Report of the Municipal Commissioner on the plague in Bombay for the year ending 31st May... - Volume 3
Disease focus: Plague
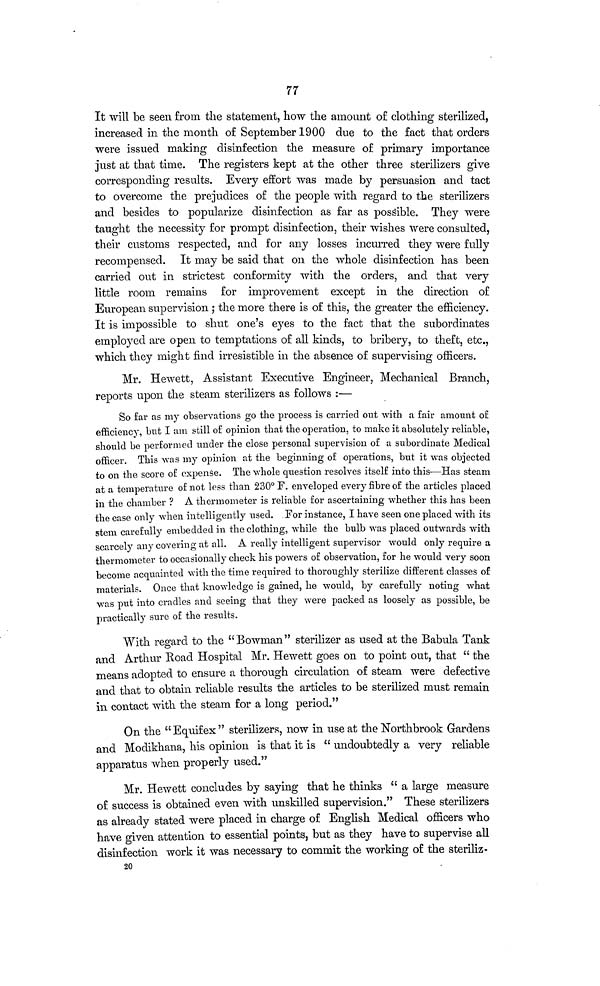
77
It will be seen from the statement, how the amount of clothing sterilized,
increased in the month of September 1900 due to the fact that orders
were issued making disinfection the measure of primary importance
just at that time. The registers kept at the other three sterilizers give
corresponding results. Every effort was made by persuasion and tact
to overcome the prejudices of the people with regard to the sterilizers
and besides to popularize disinfection as far as possible. They were
taught the necessity for prompt disinfection, their wishes were consulted,
their customs respected, and for any losses incurred they were fully
recompensed. It may be said that on the whole disinfection has been
carried out in strictest conformity with the orders, and that very
little room remains for improvement except in the direction of
European supervision ; the more there is of this, the greater the efficiency.
It is impossible to shut one's eyes to the fact that the subordinates
employed are open to temptations of all kinds, to bribery, to theft, etc.,
which they might find irresistible in the absence of supervising officers.
Mr. Hewett, Assistant Executive Engineer, Mechanical Branch,
reports upon the steam sterilizers as follows :—
So far as my observations go the process is carried out with a fair amount of
efficiency, but I am still of opinion that the operation, to make it absolutely reliable,
should be performed under the close personal supervision of a subordinate Medical
officer. This was my opinion at the beginning of operations, but it was objected
to on the score of expense. The whole question resolves itself into this—Has steam
at a temperature of not less than 230° F. enveloped every fibre of the articles placed
in the chamber ? A thermometer is reliable for ascertaining whether this has been
the case only when intelligently used. For instance, I have seen one placed with its
stem carefully embedded in the clothing, while the bulb was placed outwards with
scarcely any covering at all. A really intelligent supervisor would only require a
thermometer to occasionally check his powers of observation, for he would very soon
become acquainted with the time required to thoroughly sterilize different classes of
materials. Once that knowledge is gained, he would, by carefully noting what
was put into cradles and seeing that they were packed as loosely as possible, be
practically sure of the results.
With regard to the "Bowman" sterilizer as used at the Babula Tank
and Arthur Road Hospital Mr. Hewett goes on to point out, that " the
means adopted to ensure a thorough circulation of steam were defective
and that to obtain reliable results the articles to be sterilized must remain
in contact with the steam for a long period."
On the "Equifex" sterilizers, now in use at the Northbrook Gardens
and Modikhana, his opinion is that it is " undoubtedly a very reliable
apparatus when properly used."
Mr. Hewett concludes by saying that he thinks "a large measure
of success is obtained even with unskilled supervision." These sterilizers
as already stated were placed in charge of English Medical officers who
have given attention to essential points, but as they have to supervise all
disinfection work it was necessary to commit the working of the steriliz-
20